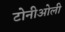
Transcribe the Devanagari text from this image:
टोनीओली